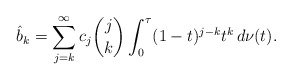
\begin{align*}\hat b_{k} = \sum_{j=k}^\infty c_{j} \binom{j}{k}\int_0^\tau (1-t)^{j-k}t^k\,d\nu(t) .\end{align*}